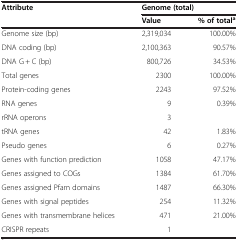
<table><thead><tr><td><b>Attribute</b></td><td colspan="2"><b>Genome (total)</b></td></tr><tr><td><b> </b></td><td><b>Value</b></td><td><b>% of total<sup>a</sup></b></td></tr></thead><tbody><tr><td>Genome size (bp)</td><td>2,319,034</td><td>100.00%</td></tr><tr><td>DNA coding (bp)</td><td>2,100,363</td><td>90.57%</td></tr><tr><td>DNA G + C (bp)</td><td>800,726</td><td>34.53%</td></tr><tr><td>Total genes</td><td>2300</td><td>100.00%</td></tr><tr><td>Protein-coding genes</td><td>2243</td><td>97.52%</td></tr><tr><td>RNA genes</td><td>9</td><td>0.39%</td></tr><tr><td>rRNA operons</td><td>3</td><td> </td></tr><tr><td>tRNA genes</td><td>42</td><td>1.83%</td></tr><tr><td>Pseudo genes</td><td>6</td><td>0.27%</td></tr><tr><td>Genes with function prediction</td><td>1058</td><td>47.17%</td></tr><tr><td>Genes assigned to COGs</td><td>1384</td><td>61.70%</td></tr><tr><td>Genes assigned Pfam domains</td><td>1487</td><td>66.30%</td></tr><tr><td>Genes with signal peptides</td><td>254</td><td>11.32%</td></tr><tr><td>Genes with transmembrane helices</td><td>471</td><td>21.00%</td></tr><tr><td>CRISPR repeats</td><td>1</td><td> </td></tr></tbody></table>